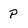
Character: P